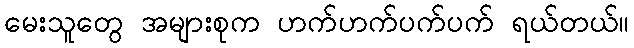
မေးသူတွေ အများစုက ဟက်ဟက်ပက်ပက် ရယ်တယ်။